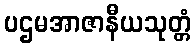
ပဌမအာဇာနီယသုတ္တံ